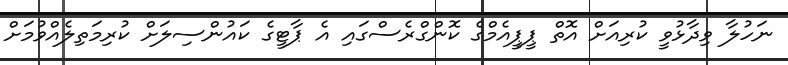
ނަހުލާ ވިދާޅުވީ ކުރިއަށް އޮތް ޕީޕީއެމްގެ ކޮންގްރެސްގައި އެ ޕާޓީގެ ކައުންސިލަށް ކުރިމަތިލެއްވުމަށް